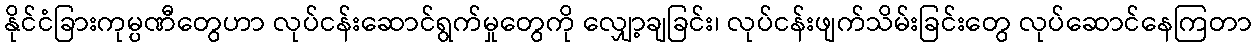
နိုင်ငံခြားကုမ္ပဏီတွေဟာ လုပ်ငန်းဆောင်ရွက်မှုတွေကို လျှော့ချခြင်း၊ လုပ်ငန်းဖျက်သိမ်းခြင်းတွေ လုပ်ဆောင်နေကြတာ